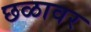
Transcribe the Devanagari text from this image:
छळावर